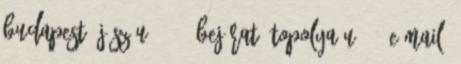
Budapest, Jász u. 156. bejárat: Topolya u. 3. E-mail: